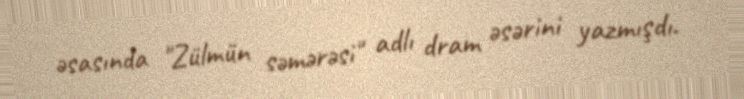
əsasında "Zülmün səmərəsi" adlı dram əsərini yazmışdı.